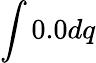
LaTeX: \int 0.0dq